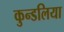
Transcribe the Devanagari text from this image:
कुन्डलिया